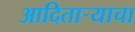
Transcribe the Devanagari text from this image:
आदितार्‍याचा